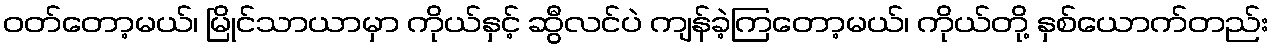
ဝတ်တော့မယ်၊ မြိုင်သာယာမှာ ကိုယ်နှင့် ဆွီလင်ပဲ ကျန်ခဲ့ကြတော့မယ်၊ ကိုယ်တို့ နှစ်ယောက်တည်း